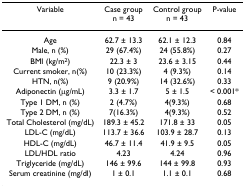
<table><thead><tr><td><b>Variable</b></td><td><b>Case group n = 43</b></td><td><b>Control group n = 43</b></td><td><b>P-value</b></td></tr></thead><tbody><tr><td>Age</td><td>62.7 ± 13.3</td><td>62.1 ± 12.3</td><td>0.84</td></tr><tr><td>Male, n (%)</td><td>29 (67.4%)</td><td>24 (55.8%)</td><td>0.27</td></tr><tr><td>BMI (kg/m<sup>2</sup>)</td><td>22.3 ± 3</td><td>23.6 ± 3.15</td><td>0.44</td></tr><tr><td>Current smoker, n(%)</td><td>10 (23.3%)</td><td>4 (9.3%)</td><td>0.14</td></tr><tr><td>HTN, n(%)</td><td>9 (20.9%)</td><td>14 (32.6%)</td><td>0.33</td></tr><tr><td>Adiponectin (μg/mL)</td><td>3.3 ± 1.7</td><td>5 ± 1.5</td><td>&lt; 0.001*</td></tr><tr><td>Type 1 DM, n (%)</td><td>2 (4.7%)</td><td>4(9.3%)</td><td>0.68</td></tr><tr><td>Type 2 DM, n (%)</td><td>7(16.3%)</td><td>4(9.3%)</td><td>0.52</td></tr><tr><td>Total Cholesterol (mg/dL)</td><td>189.3 ± 45.2</td><td>171.8 ± 33</td><td>0.05</td></tr><tr><td>LDL-C (mg/dL)</td><td>113.7 ± 36.6</td><td>103.9 ± 28.7</td><td>0.13</td></tr><tr><td>HDL-C (mg/dL)</td><td>46.7 ± 11.4</td><td>41.9 ± 9.5</td><td>0.05</td></tr><tr><td>LDL/HDL ratio</td><td>4.23</td><td>4.24</td><td>0.96</td></tr><tr><td>Triglyceride (mg/dL)</td><td>146 ± 99.6</td><td>144 ± 99.8</td><td>0.93</td></tr><tr><td>Serum creatinine (mg/dl)</td><td>1 ± 0.1</td><td>1.1 ± 0.1</td><td>0.68</td></tr></tbody></table>